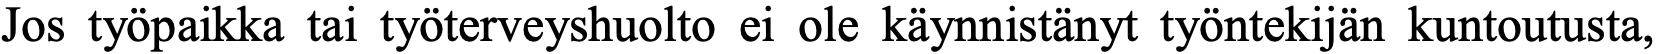
Jos työpaikka tai työterveyshuolto ei ole käynnistänyt työntekijän kuntoutusta,